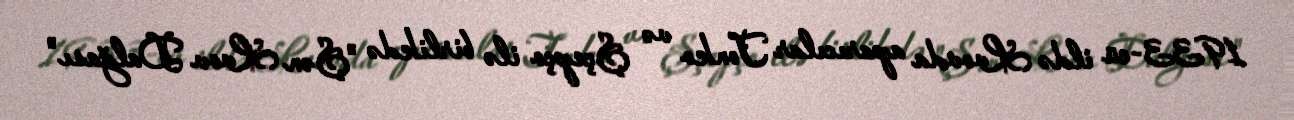
1933-cü ildə Lvovda aparıcılar Tonko və Şçepço ilə birlikdə "Şən Lvov Dalğası"